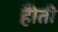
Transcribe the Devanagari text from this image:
हैोती